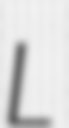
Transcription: L